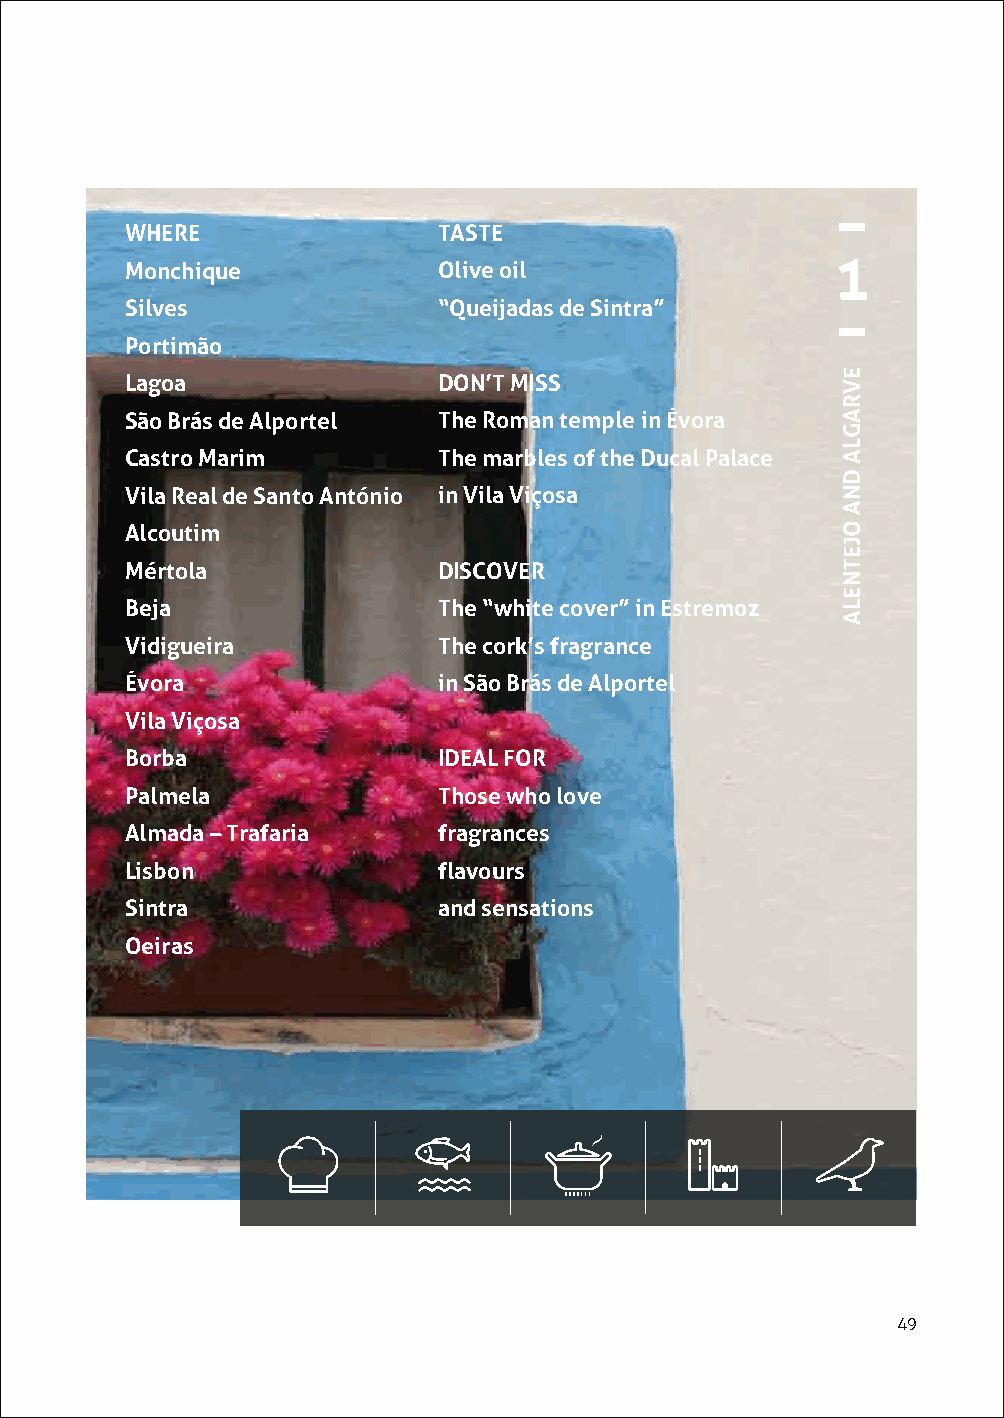
WHERE                TASTE
 1
 Monchique            Olive oil
 Silves               “Queijadas de Sintra”
 Portimão
 Lagoa                DON’T MISS
 São Brás de Alportel The Roman temple in Évora
 Castro Marim         The marbles of the Ducal Palace
 Vila Real de Santo António in Vila Viçosa
 Alcoutim
 Mértola              DISCOVER
 Beja                 The “white cover” in Estremoz
 Vidigueira           The cork’s fragrance
 Évora                in São Brás de Alportel
 Vila Viçosa
 Borba                IDEAL FOR
 Palmela              Those who love
 Almada – Trafaria    fragrances
 Lisbon               flavours
 Sintra               and sensations
 Oeiras
 49
 EVRAGLA
 DNA
 OJETNELA